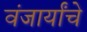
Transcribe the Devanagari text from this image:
वंजार्यांचे